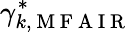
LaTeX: \gamma_{k,\mathrm{~M~F~A~I~R~}}^{\ast}